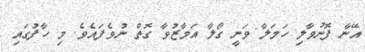
އޭނާ ފޮނުވާލި ހަމަލާ ވަނީ ގޯލާ އަމާޒުވާ ގޮތް ނުވެފައެވެ. މި ހާފުގައި